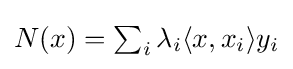
{\textstyle N(x)=\sum _{i}\lambda _{i}\langle x,x_{i}\rangle y_{i}}